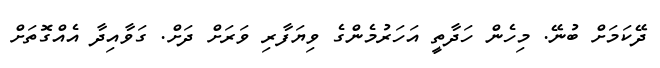
ދޭކަމަށް ބުނޭ. މިހެން ހަދާތީ އަހަރުމެންގެ ވިޔަފާރި ވަރަށް ދަށް. ގަވާއިދާ އެއްގޮތަށް